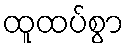
ထူထပ်စွာ